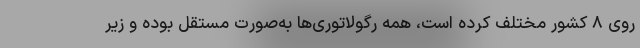
روی ۸ کشور مختلف کرده است، همه رگولاتوری‌ها به‌صورت مستقل بوده و زیر